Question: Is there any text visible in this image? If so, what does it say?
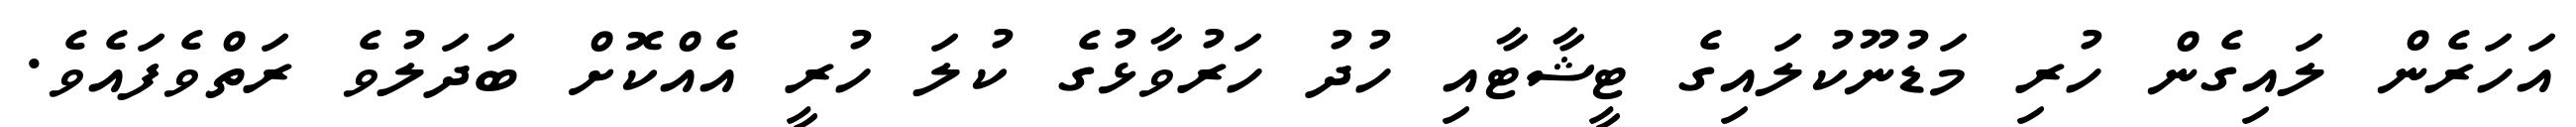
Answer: އަހަރެން ލައިގެން ހުރި މަޑުނޫކުލައިގެ ޓީޝާޓާއި ހުދު ހަރުވާޅުގެ ކުލަ ހުރީ އެއްކޮށް ބަދަލުވެ ރަތްވެފައެވެ.